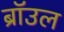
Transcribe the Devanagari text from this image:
ब्राॅउल